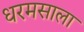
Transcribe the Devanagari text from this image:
धरमसाला